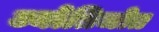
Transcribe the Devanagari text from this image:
ज्योतिजोत